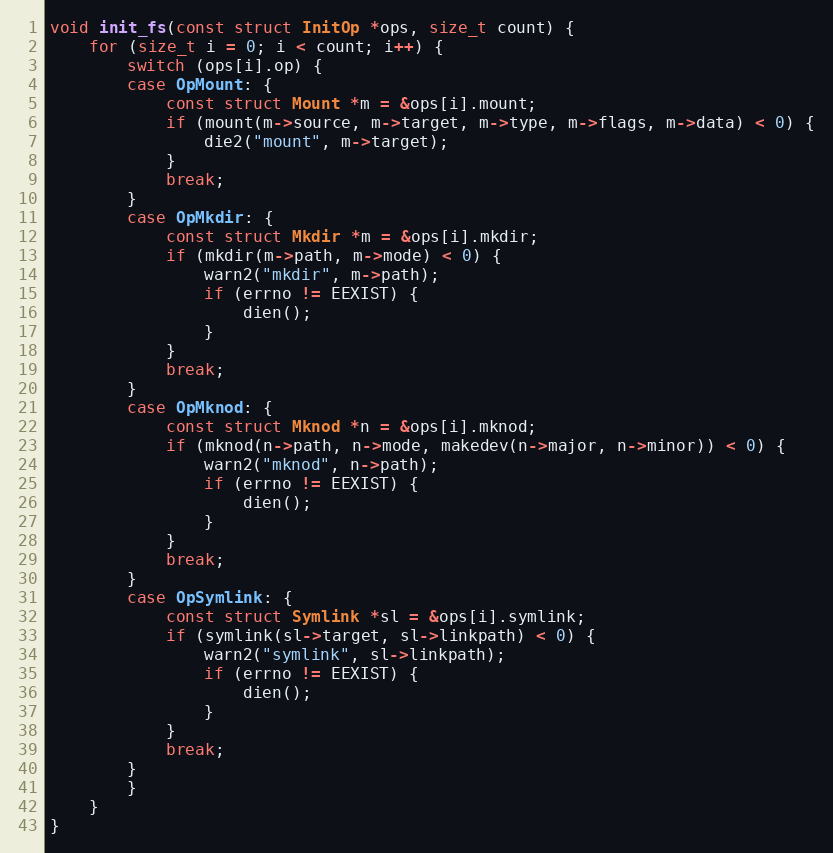
Language: C
void init_fs(const struct InitOp *ops, size_t count) {
    for (size_t i = 0; i < count; i++) {
        switch (ops[i].op) {
        case OpMount: {
            const struct Mount *m = &ops[i].mount;
            if (mount(m->source, m->target, m->type, m->flags, m->data) < 0) {
                die2("mount", m->target);
            }
            break;
        }
        case OpMkdir: {
            const struct Mkdir *m = &ops[i].mkdir;
            if (mkdir(m->path, m->mode) < 0) {
                warn2("mkdir", m->path);
                if (errno != EEXIST) {
                    dien();
                }
            }
            break;
        }
        case OpMknod: {
            const struct Mknod *n = &ops[i].mknod;
            if (mknod(n->path, n->mode, makedev(n->major, n->minor)) < 0) {
                warn2("mknod", n->path);
                if (errno != EEXIST) {
                    dien();
                }
            }
            break;
        }
        case OpSymlink: {
            const struct Symlink *sl = &ops[i].symlink;
            if (symlink(sl->target, sl->linkpath) < 0) {
                warn2("symlink", sl->linkpath);
                if (errno != EEXIST) {
                    dien();
                }
            }
            break;
        }
        }
    }
}